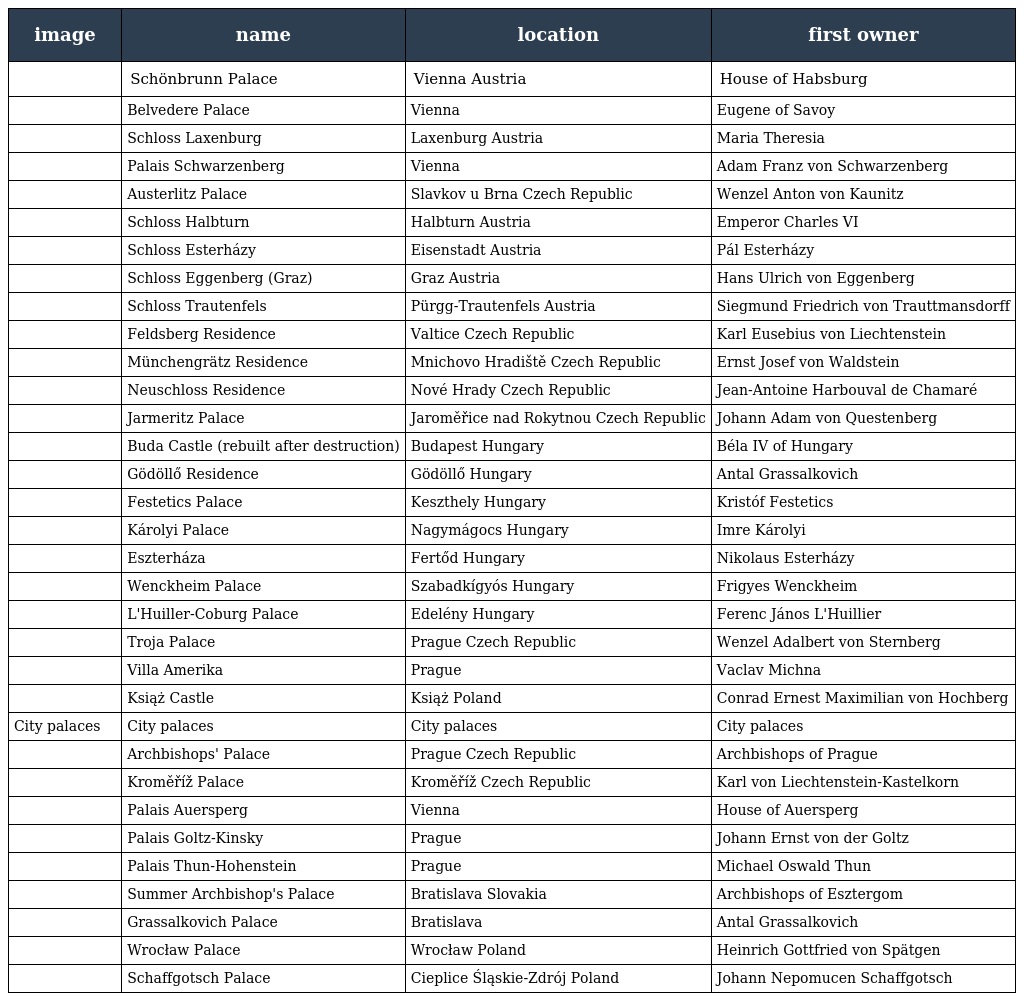
| image | name | location | first owner |
 | --- | --- | --- | --- |
 |  | Schönbrunn Palace | Vienna Austria | House of Habsburg |
 |  | Belvedere Palace | Vienna | Eugene of Savoy |
 |  | Schloss Laxenburg | Laxenburg Austria | Maria Theresia |
 |  | Palais Schwarzenberg | Vienna | Adam Franz von Schwarzenberg |
 |  | Austerlitz Palace | Slavkov u Brna Czech Republic | Wenzel Anton von Kaunitz |
 |  | Schloss Halbturn | Halbturn Austria | Emperor Charles VI |
 |  | Schloss Esterházy | Eisenstadt Austria | Pál Esterházy |
 |  | Schloss Eggenberg (Graz) | Graz Austria | Hans Ulrich von Eggenberg |
 |  | Schloss Trautenfels | Pürgg-Trautenfels Austria | Siegmund Friedrich von Trauttmansdorff |
 |  | Feldsberg Residence | Valtice Czech Republic | Karl Eusebius von Liechtenstein |
 |  | Münchengrätz Residence | Mnichovo Hradiště Czech Republic | Ernst Josef von Waldstein |
 |  | Neuschloss Residence | Nové Hrady Czech Republic | Jean-Antoine Harbouval de Chamaré |
 |  | Jarmeritz Palace | Jaroměřice nad Rokytnou Czech Republic | Johann Adam von Questenberg |
 |  | Buda Castle (rebuilt after destruction) | Budapest Hungary | Béla IV of Hungary |
 |  | Gödöllő Residence | Gödöllő Hungary | Antal Grassalkovich |
 |  | Festetics Palace | Keszthely Hungary | Kristóf Festetics |
 |  | Károlyi Palace | Nagymágocs Hungary | Imre Károlyi |
 |  | Eszterháza | Fertőd Hungary | Nikolaus Esterházy |
 |  | Wenckheim Palace | Szabadkígyós Hungary | Frigyes Wenckheim |
 |  | L'Huiller-Coburg Palace | Edelény Hungary | Ferenc János L'Huillier |
 |  | Troja Palace | Prague Czech Republic | Wenzel Adalbert von Sternberg |
 |  | Villa Amerika | Prague | Vaclav Michna |
 |  | Książ Castle | Książ Poland | Conrad Ernest Maximilian von Hochberg |
 | City palaces | City palaces | City palaces | City palaces |
 |  | Archbishops' Palace | Prague Czech Republic | Archbishops of Prague |
 |  | Kroměříž Palace | Kroměříž Czech Republic | Karl von Liechtenstein-Kastelkorn |
 |  | Palais Auersperg | Vienna | House of Auersperg |
 |  | Palais Goltz-Kinsky | Prague | Johann Ernst von der Goltz |
 |  | Palais Thun-Hohenstein | Prague | Michael Oswald Thun |
 |  | Summer Archbishop's Palace | Bratislava Slovakia | Archbishops of Esztergom |
 |  | Grassalkovich Palace | Bratislava | Antal Grassalkovich |
 |  | Wrocław Palace | Wrocław Poland | Heinrich Gottfried von Spätgen |
 |  | Schaffgotsch Palace | Cieplice Śląskie-Zdrój Poland | Johann Nepomucen Schaffgotsch |